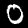
Label: 0